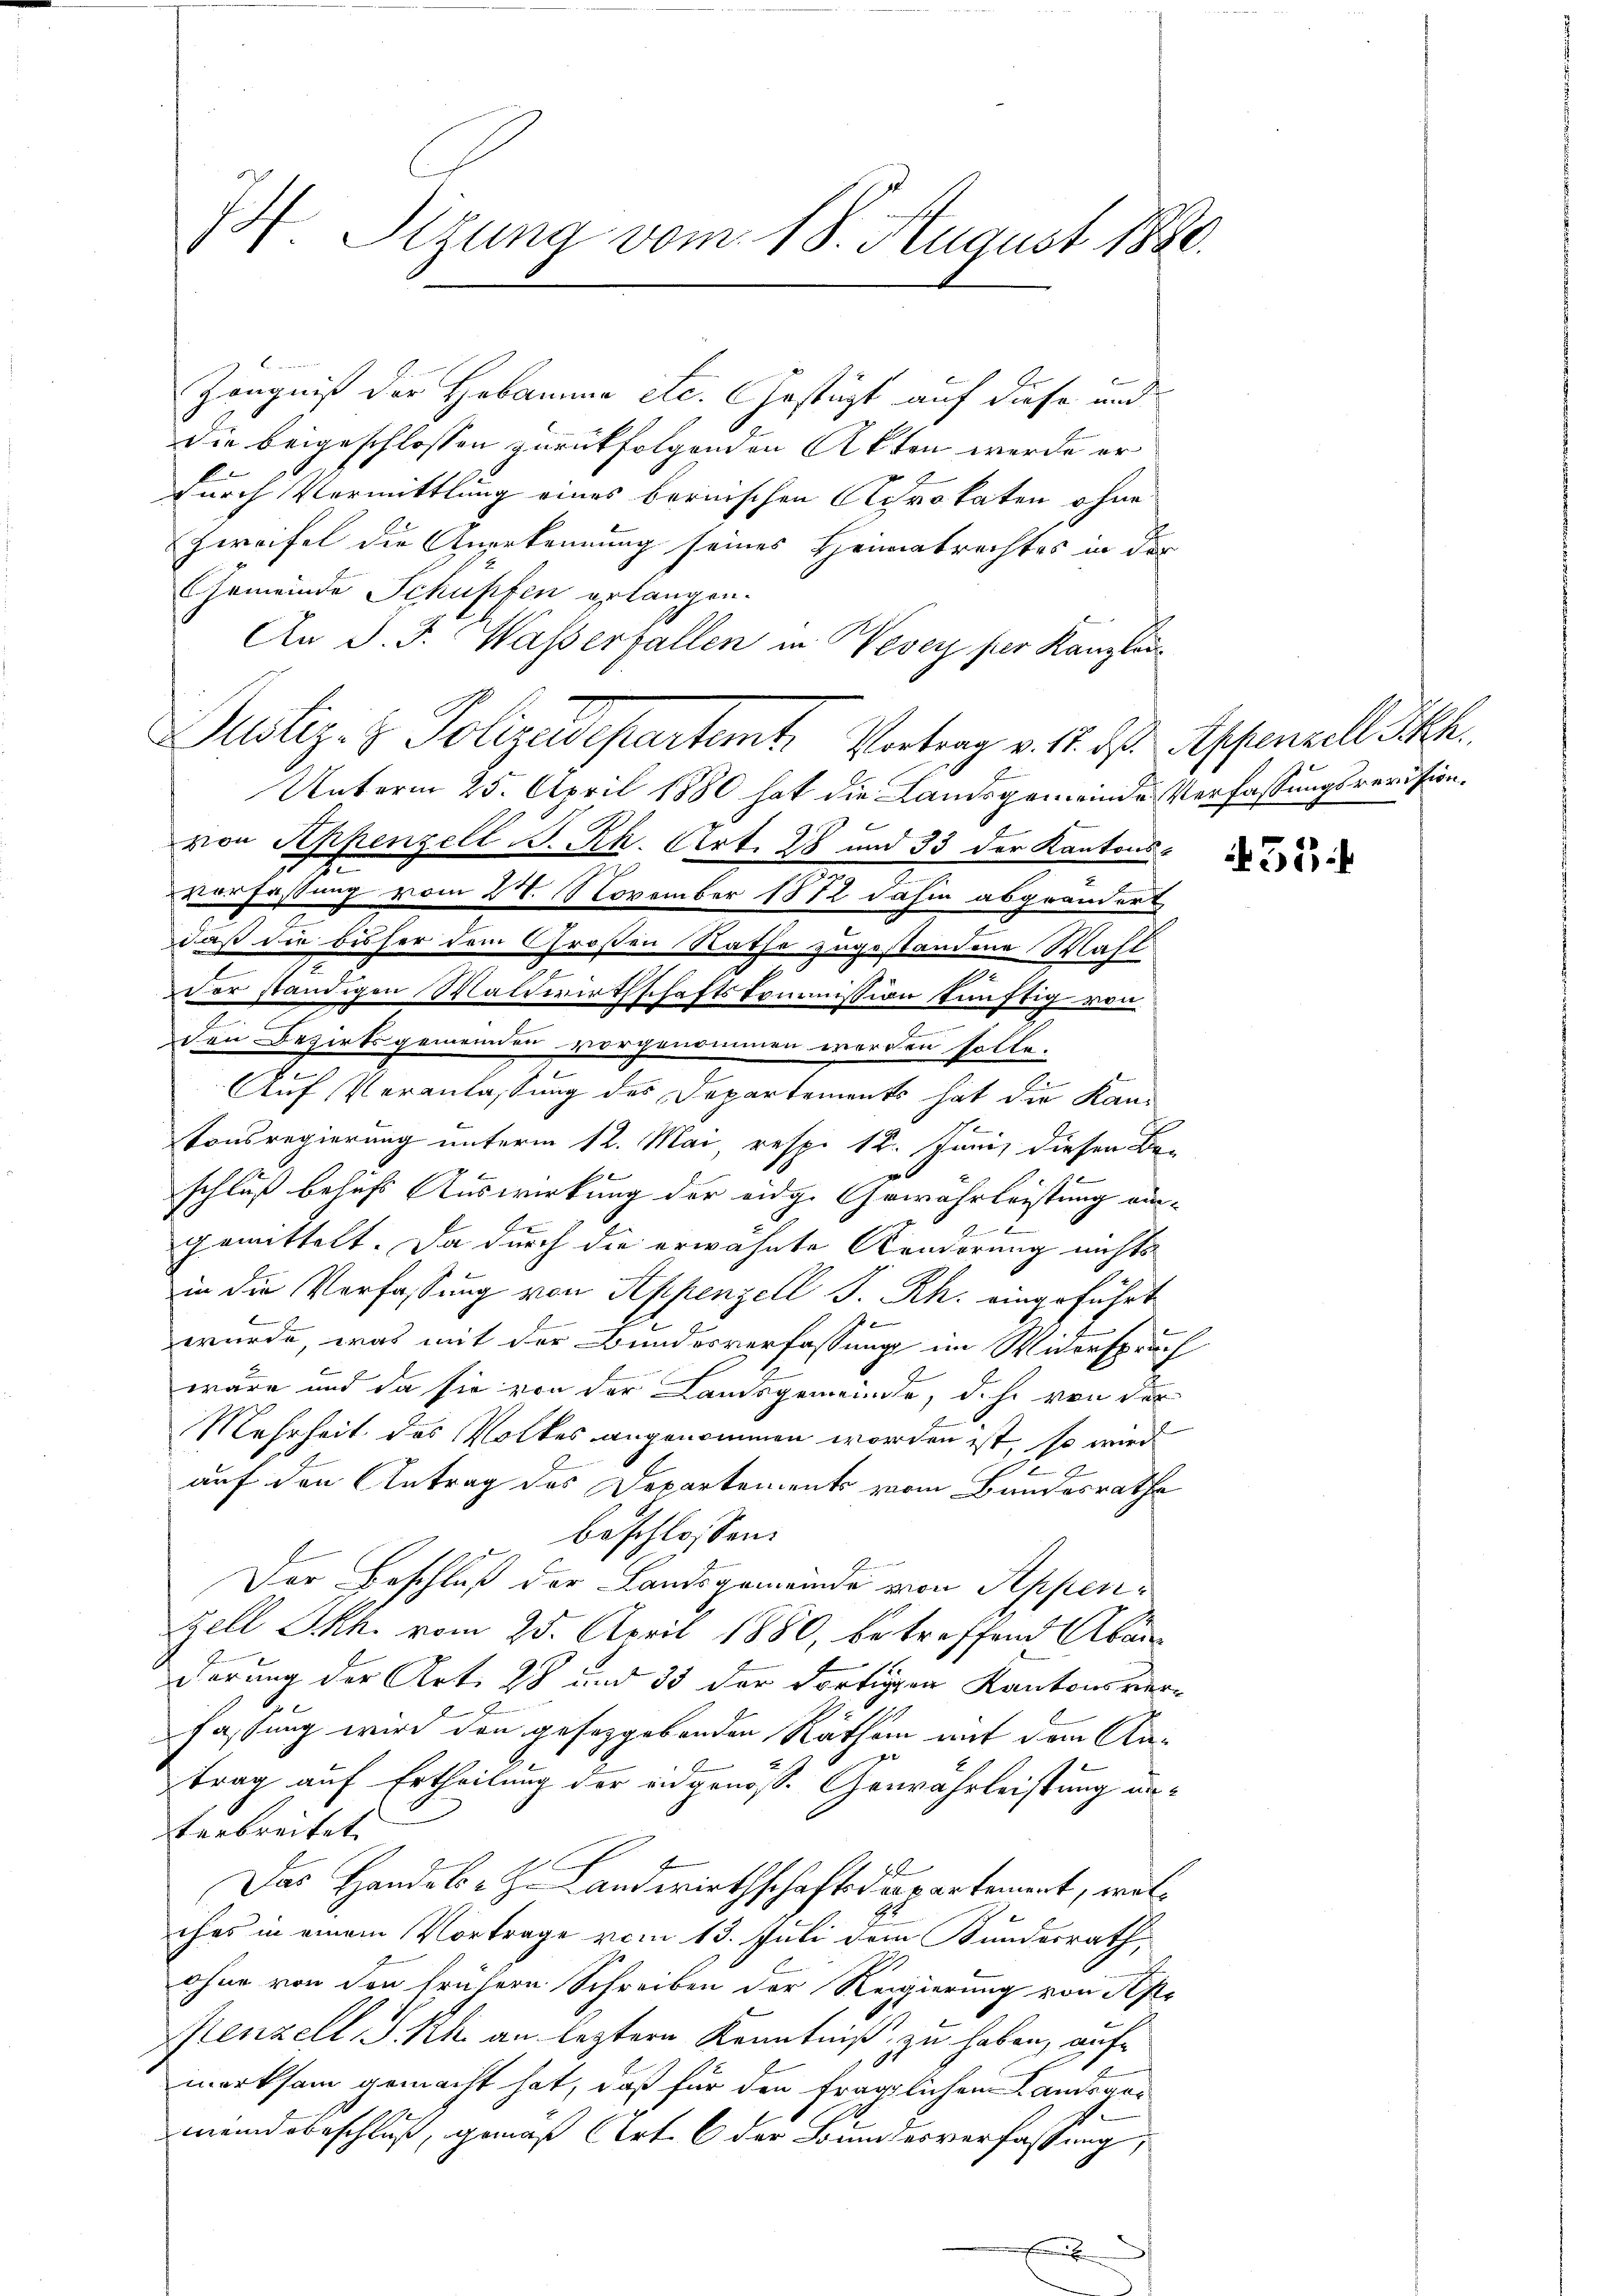
Zeugniß der Hebamme etc. Gestüzt auf diese und
Die beigeschlossen zurückfolgenden Akten werde er
durch Vermittlung eines bernischen Acrokaten ohne
Zweifel die Anerkennung seines Heimatrechtes in der
Gemeinde Schüpfen gelangen.
An J. J. Wasserfallen in Vevey per Kanzlei
Justiz- & Polizeidepartemt. Vortrag v. 1. ds Appenzell Peth.
Unterm 25. April 1880 hat die Landsgemeinde Verfassungsrevision.
von Appenzell A. Rh. Art. 28 und 33 der Kantons¬
Verfassung vom 28. November 1872 dahin abgeändert
daß die bisher dem Großen Rathe zugestandene Wahl
der ständigen Waldwirthschaftskommission fünftig von
Den Bezirksgemeinden vorgenommen worden solle.
Auf Veranlassung des Departements hat die Kan-
tonsregierung unterm 12. Mai, resp. 12. Juni, diesen Be-
schluß behufs Auswirkung der eidg. Gewährleistung ein-
F
gemittelt. Da durch die erwähnte Aenderung nichts
in die Verfassung von Appenzell P. Rh. eingeführt
würde, was mit der Bundesverfassung im Widerspruch
wäre und da sie von der Landsgemeinde, d.h. von der
Mehrheit des Volkes angenommen worden ist, so wird
auf den Antrag des Departements vom Bundesrathe
beschlossen:
Der Beschluß der Landsgemeinde von Appen¬
Zell Skh. vom 25. April 1880, betreffend Aban
derung der Art. 28 und 35 der dortigen Kantonsverfassung wird den geseggebenden Räthen mit dem Antrag auf Ertheilung der eidgenöß. Gewährleistung unterbreitet. |
2
Das Handels- H. Landwirthschaftsdepartement, welches in einem Vortrage vom 13. Juli dem Kundesrath,
ohne von den frühern Schreiben der Regierung von Spe
Kenzell I.Rh. an leztere Kenntniß zu haben, aufmerksam gemacht hat, daß für den fraglichen Landsges
meindsbeschluß, gemäß Art. 6 der Bundesverfassung,
F

74. Sigung vom 18. August 1820.

35